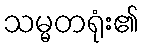
သမ္မတရုံး၏